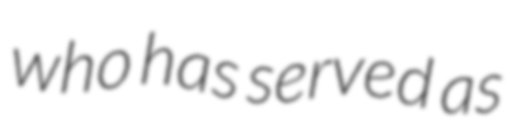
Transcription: who has served as